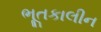
ભૂતકાલીન